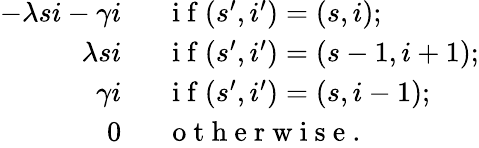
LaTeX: \begin{array}{rl}{-\lambda si-\gamma i\; \; }&{{}\mathrm{~i~f~}(s^{\prime},i^{\prime})=(s,i);}\\ {\lambda si\; \; }&{{}\mathrm{~i~f~}(s^{\prime},i^{\prime})=(s-1,i+1);}\\ {\gamma i\; \; }&{{}\mathrm{~i~f~}(s^{\prime},i^{\prime})=(s,i-1);}\\ {0\; \; }&{{}\mathrm{~o~t~h~e~r~w~i~s~e~.~}}\end{array}